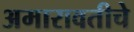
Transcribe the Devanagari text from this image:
अमारावतीचे